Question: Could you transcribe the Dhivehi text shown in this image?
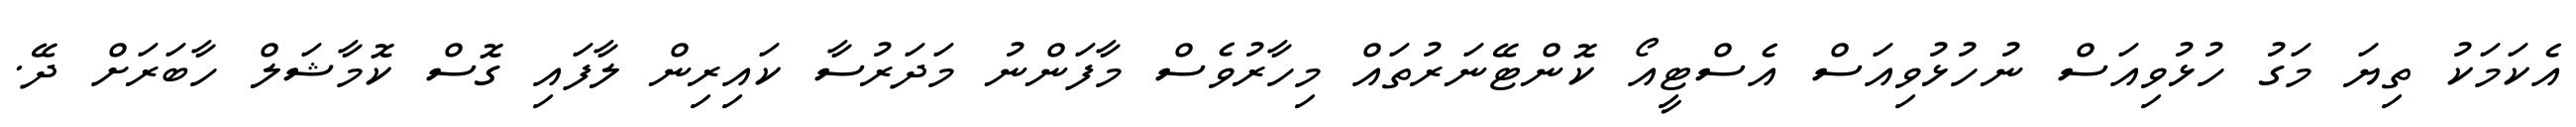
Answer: އެކަމަކު ތިޔަ މަގު ހުޅުވިއަސް ނުހުޅުވިއަސް އެސްޓީއޯ ކޮންޓޭނަރުތައް މިހާރުވެސް މާފަންނު މަދަރުސާ ކައިރިން ލާފައި ގޮސް ކޮމާޝަލް ހާބަރަށް ދޭ.